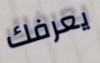
يعرفك